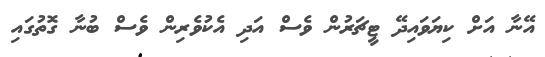
އޭނާ އަށް ކިޔަވައިދޭ ޓީޗަރުން ވެސް އަދި އެކުވެރިން ވެސް ބުނާ ގޮތުގައި